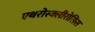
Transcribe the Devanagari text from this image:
एथरोस्क्लीरोसिस